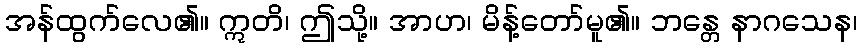
အန်ထွက်လေ၏။ ဣတိ၊ ဤသို့။ အာဟ၊ မိန့်တော်မူ၏။ ဘန္တေ နာဂသေန၊